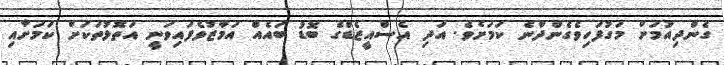
ގެންދިއުމަށް މަގުފަހިވެގެންދާނެ ކަމަށެވެ. އަދި އެސްއީޒެޑްގެ ބޮޑު ބައެއް އަމާޒުވެފައިވަނީ އަތޮޅުތަކަށް ކަމަށާއި